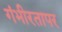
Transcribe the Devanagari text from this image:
गंभीरतापर